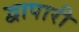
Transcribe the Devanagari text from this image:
द्वापारी